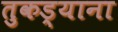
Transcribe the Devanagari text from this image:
तुकड्याना